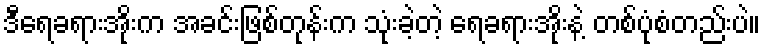
ဒီရေခရားအိုးက အခင်းဖြစ်တုန်းက သုံးခဲ့တဲ့ ရေခရားအိုးနဲ့ တစ်ပုံစံတည်းပဲ။